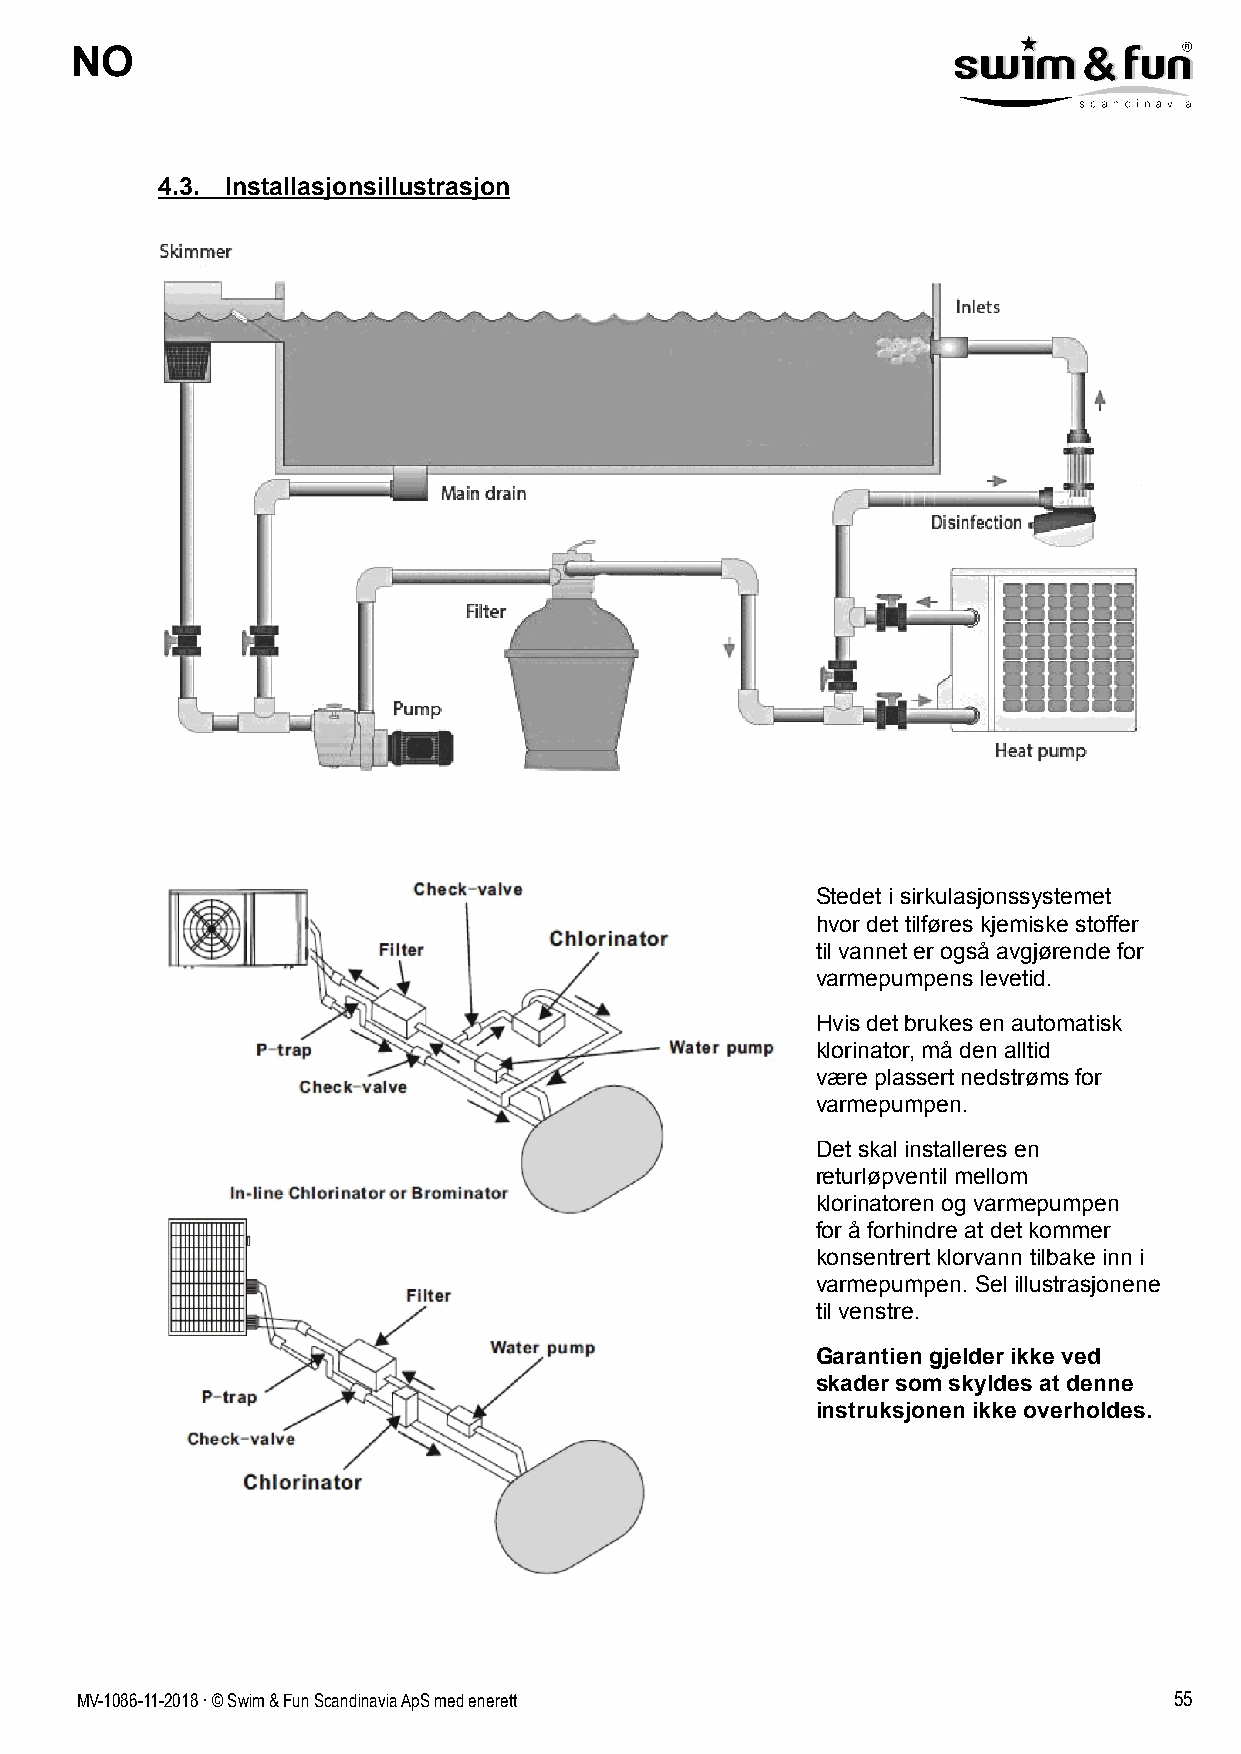
NO
 4.3. Installasjonsillustrasjon
 Stedet i sirkulasjonssystemet
 hvor det tilføres kjemiske stoffer
 til vannet er også avgjørende for
 varmepumpens levetid.
 Hvis det brukes en automatisk
 klorinator, må den alltid
 være plassert nedstrøms for
 varmepumpen.
 Det skal installeres en
 returløpventil mellom
 klorinatoren og varmepumpen
 for å forhindre at det kommer
 konsentrert klorvann tilbake inn i
 varmepumpen. Sel illustrasjonene
 til venstre.
 Garantien gjelder ikke ved
 skader som skyldes at denne
 instruksjonen ikke overholdes.
 MV-1086-11-2018 . © Swim & Fun Scandinavia ApS med enerett               55